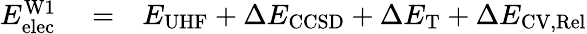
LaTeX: \begin{array}{rlr}{E_{\mathrm{elec}}^{\mathrm{W1}}}&{{}=}&{E_{\mathrm{UHF}}+\Delta E_{\mathrm{CCSD}}+\Delta E_{\mathrm{T}}+\Delta E_{\mathrm{CV,Rel}}}\end{array}